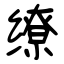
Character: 缭